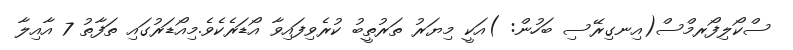
ސްކޯލިފޯރމްސް(އިނގިރޭސި ބަހުން: )އަކީ މިޔަރު ތަރުތީބު ކުރެވިފައިވާ އޯޑަރެކެވެ.މިއޯޑަރުގައި ތަފާތު 7 އާއިލާ